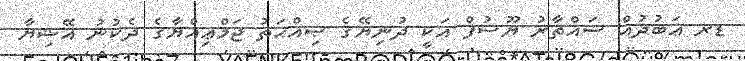
ޑރ ޢަބުދުއް ސައްތާރު ޔޫސުފް އަކީ ދުނިޔޭގެ ޞިއްޙަތު ޖަމްޢިއްޔާގެ ދެކުނު އޭޝިޔާ